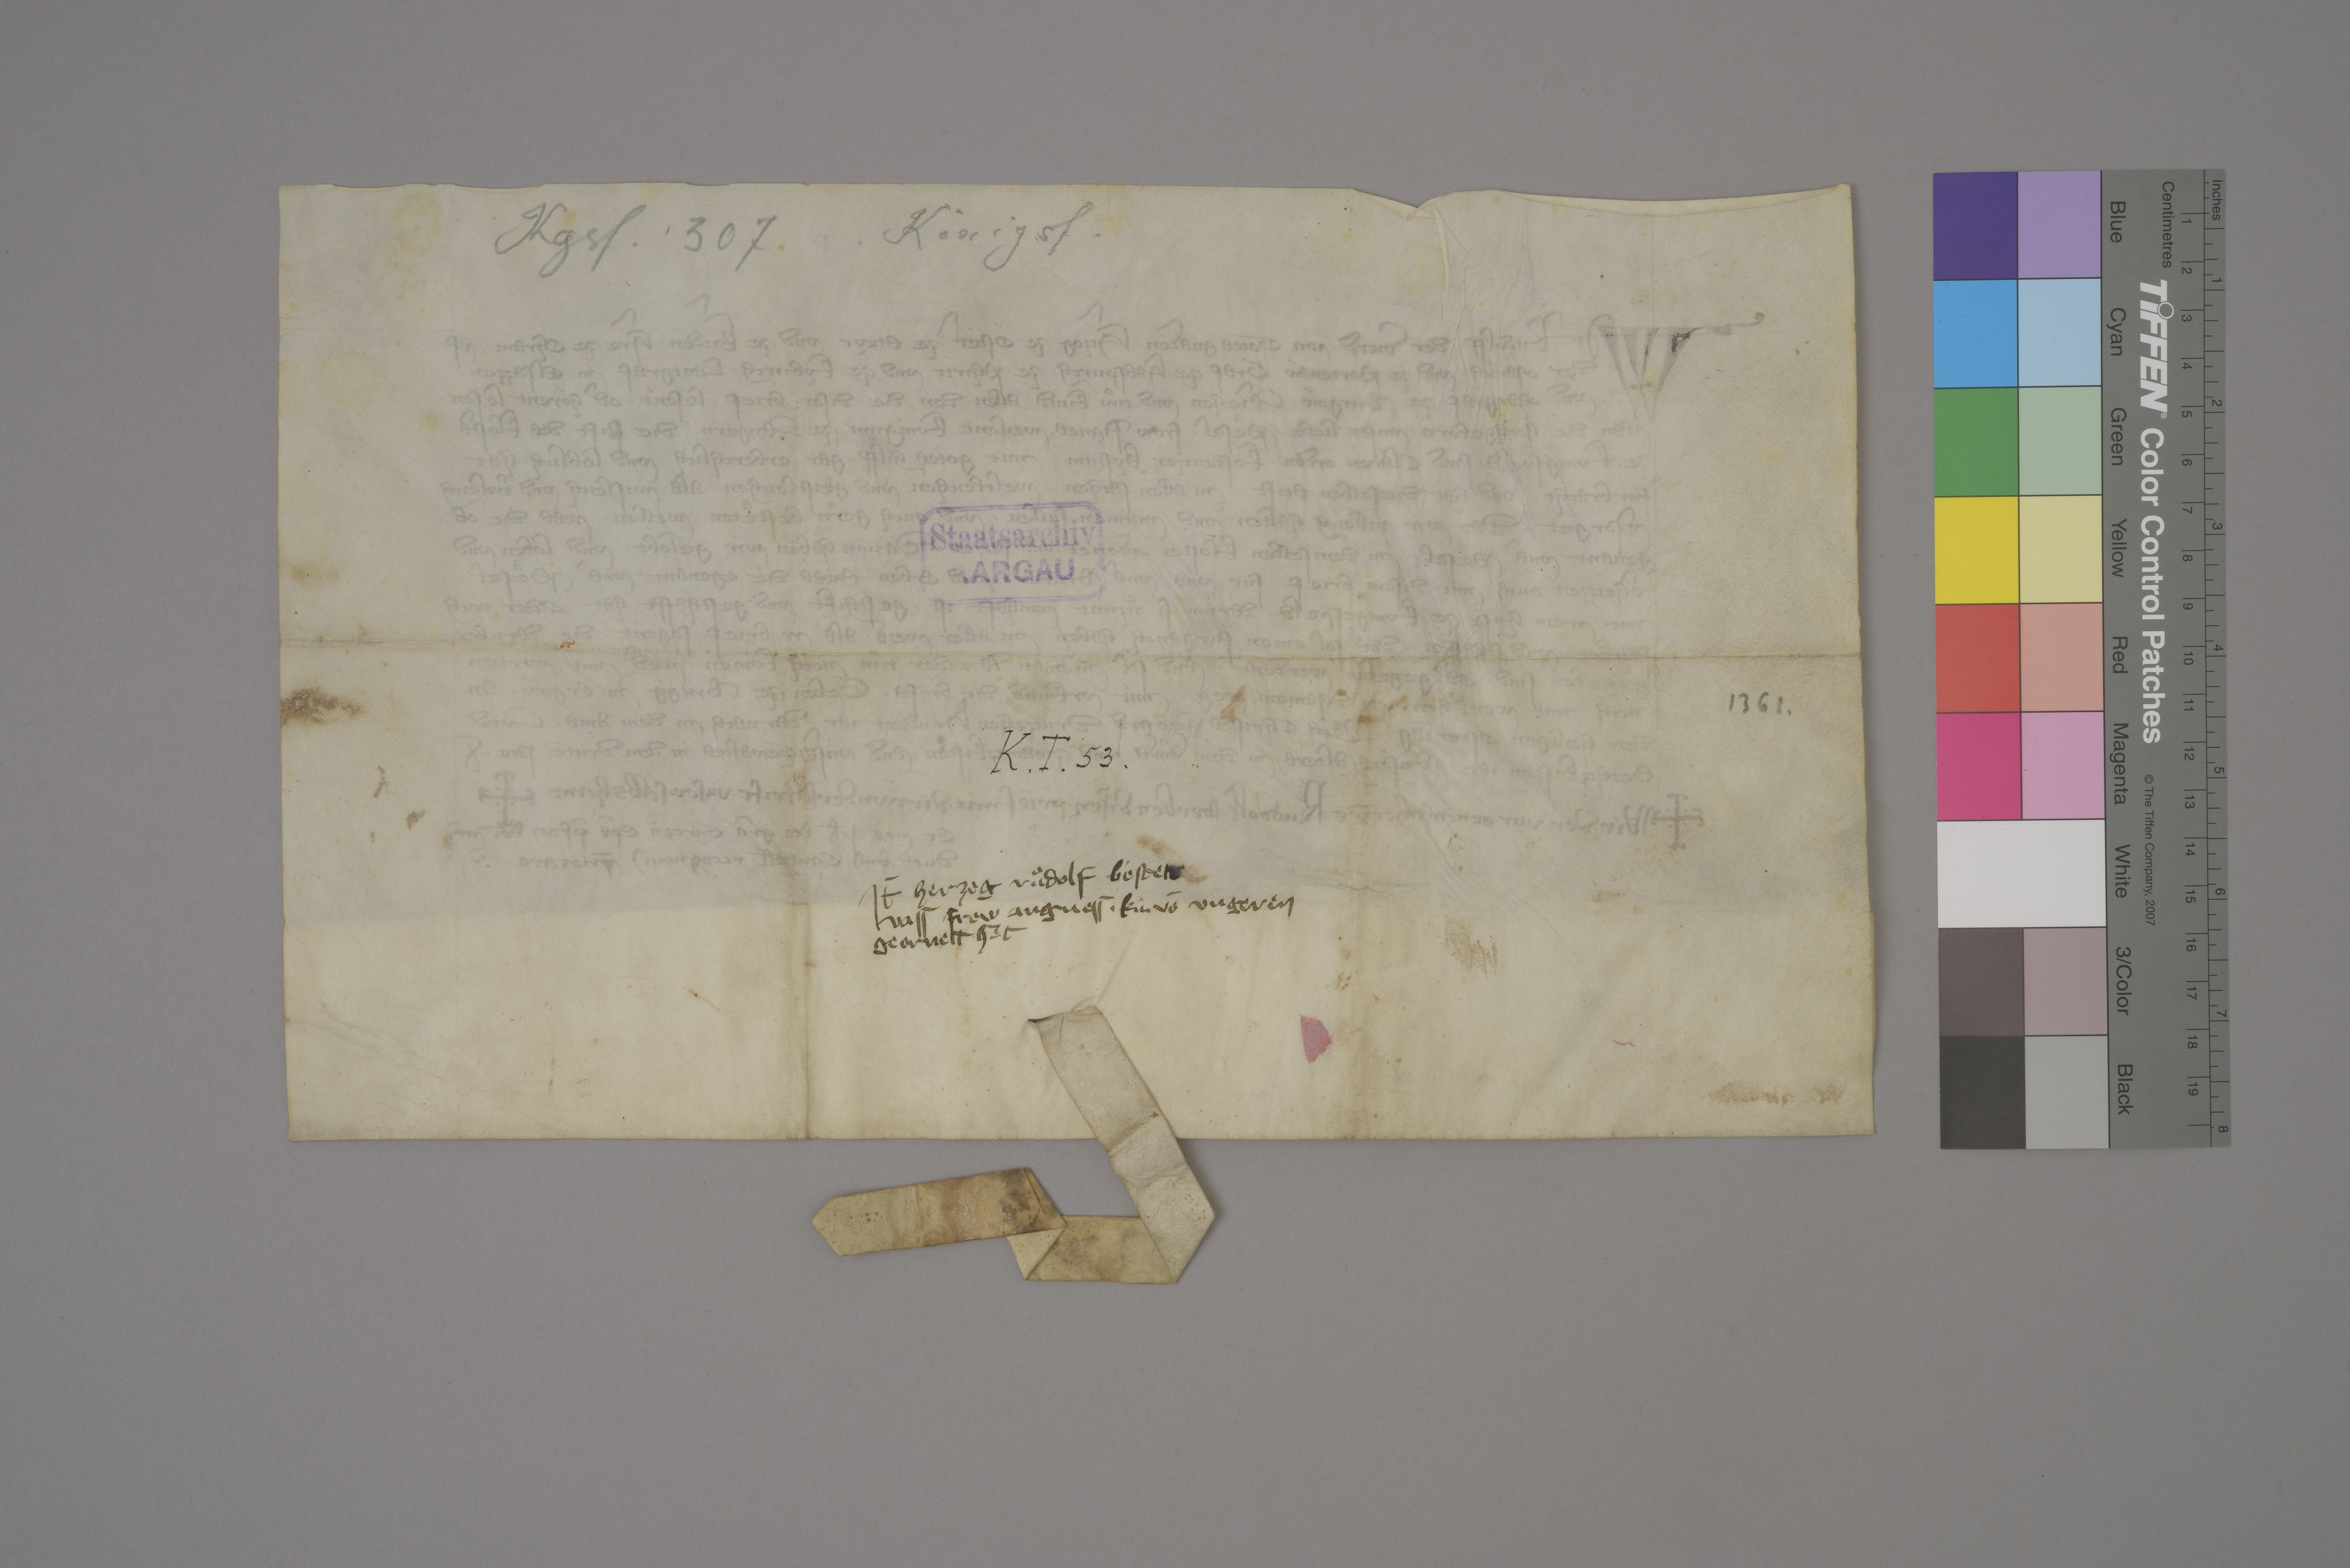
Transcription:
Kgsf. 307

Königsf.

Staatsarchiv
AARGAU

1361 ✳

K ✳ T ✳ 53 ✳

it̄ herzog Ruͦdolf bestet
vass frow Angness ✳ kuͦ✳ vō Ungeren
geornett het